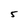
Character: 5